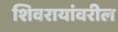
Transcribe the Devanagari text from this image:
शिवरायांवरील